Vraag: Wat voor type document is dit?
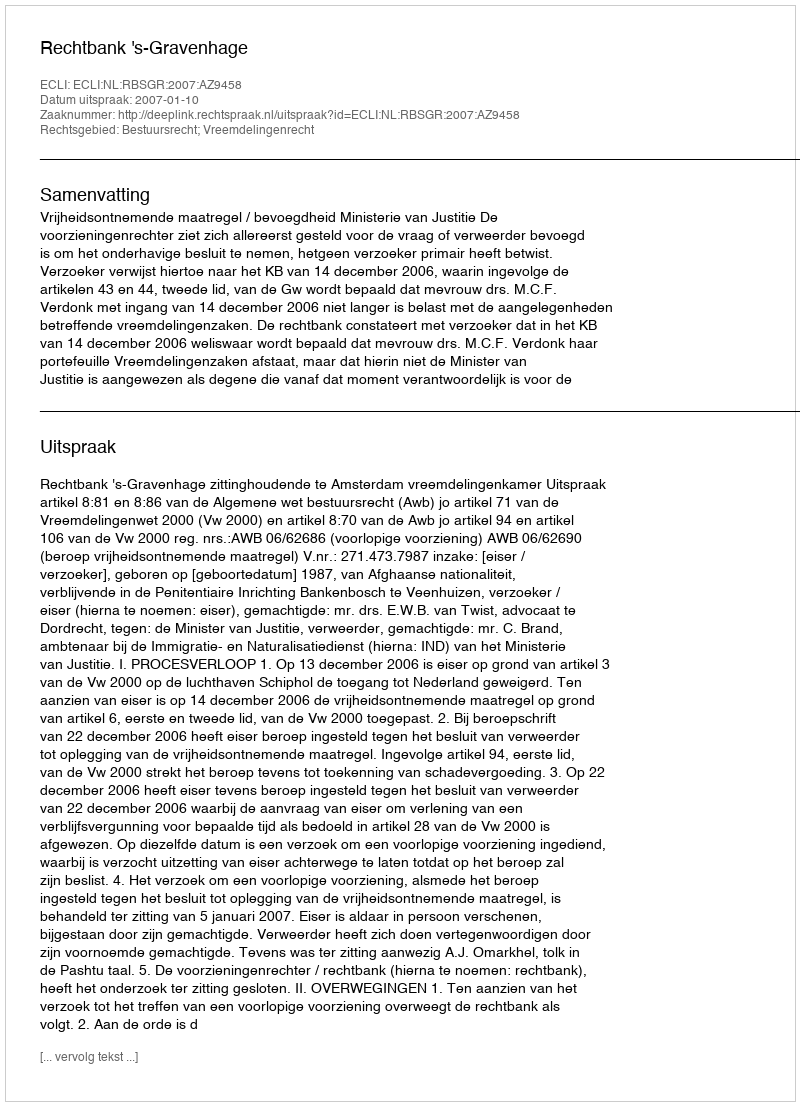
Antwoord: Uitspraak